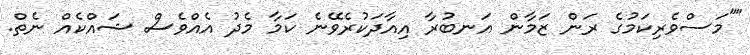
""މަސްވެރިކަމުގެ ރަން ޒަމާން އަނބުރާ އިއާދަކުރެވޭނެ ކަމާ މެދު އެއްވެސް ޝައްކެއް ނެތް.